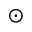
\odot